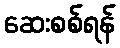
ဆေးစစ်ရန်